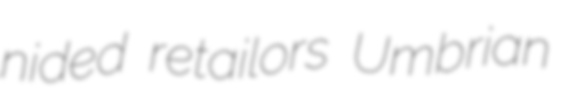
nided retailors Umbrian